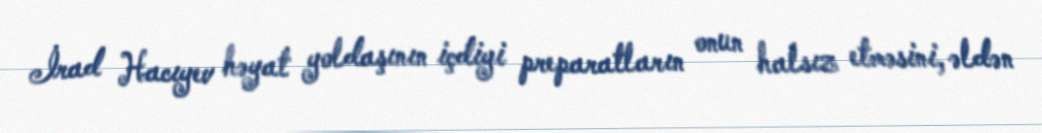
İrad Hacıyev həyat yoldaşının içdiyi preparatların onun halsız etməsini, əldən